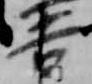
吉